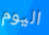
اليوم